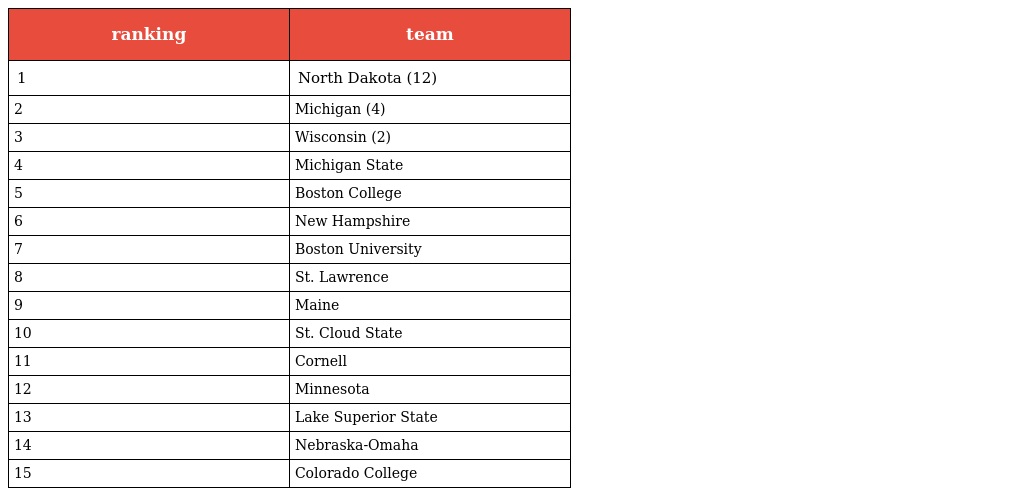
| ranking | team |
 | --- | --- |
 | 1 | North Dakota (12) |
 | 2 | Michigan (4) |
 | 3 | Wisconsin (2) |
 | 4 | Michigan State |
 | 5 | Boston College |
 | 6 | New Hampshire |
 | 7 | Boston University |
 | 8 | St. Lawrence |
 | 9 | Maine |
 | 10 | St. Cloud State |
 | 11 | Cornell |
 | 12 | Minnesota |
 | 13 | Lake Superior State |
 | 14 | Nebraska-Omaha |
 | 15 | Colorado College |